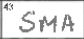
Transcription: SMA